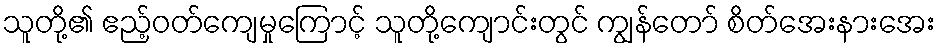
သူတို့၏ ဧည့်ဝတ်ကျေမှုကြောင့် သူတို့ကျောင်းတွင် ကျွန်တော် စိတ်အေးနားအေး